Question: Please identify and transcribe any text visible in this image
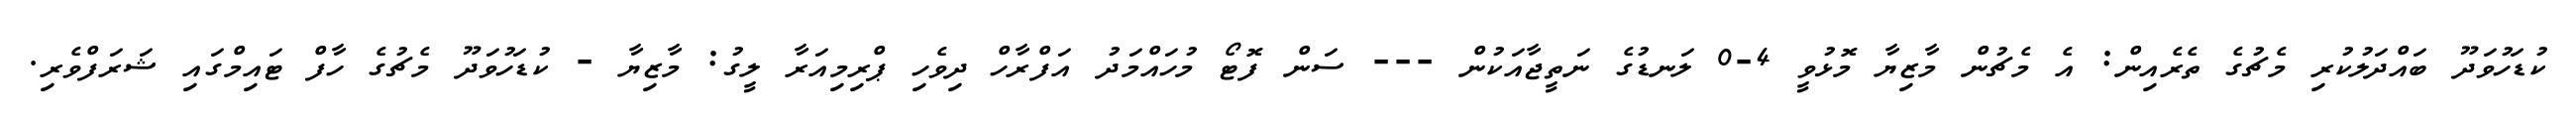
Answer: ކުޑަހުވަދޫ ބައްދަލުކުރި މެޗުގެ ތެރެއިން: އެ މެޗުން މާޒިޔާ މޮޅުވީ 4-0 ލަނޑުގެ ނަތީޖާއަކުން --- ސަން ފޮޓޯ މުހައްމަދު އަފްރާހް ދިވެހި ޕްރިމިއަރާ ލީގު: މާޒިޔާ - ކުޑަހުވަދޫ މެޗުގެ ހާފް ޓައިމްގައި ޝަރަފްވެރި.